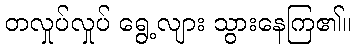
တလှုပ်လှုပ် ရွေ့လျား သွားနေကြ၏။